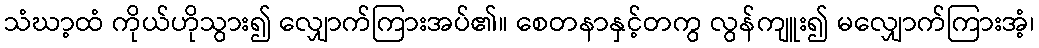
သံဃာ့ထံ ကိုယ်ဟိုသွား၍ လျှောက်ကြားအပ်၏။ စေတနာနှင့်တကွ လွန်ကျူး၍ မလျှောက်ကြားအံ့၊